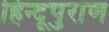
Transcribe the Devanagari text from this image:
हिन्दूपुराण